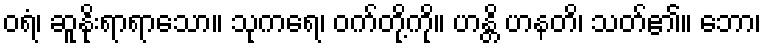
ဝရံ၊ ဆူနိုးရာရာသော။ သုကရေ၊ ဝက်တို့ကို။ ဟန္တိ ဟနတိ၊ သတ်၏။ ဘော၊